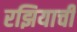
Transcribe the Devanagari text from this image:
रझियाची